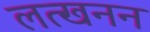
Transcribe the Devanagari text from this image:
लत्खनन